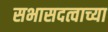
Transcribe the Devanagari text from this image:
सभासदत्वाच्या